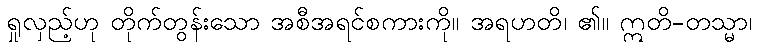
ရှုလှည့်ဟု တိုက်တွန်းသော အစီအရင်စကားကို။ အရဟတိ၊ ၏။ ဣတိ-တသ္မာ၊